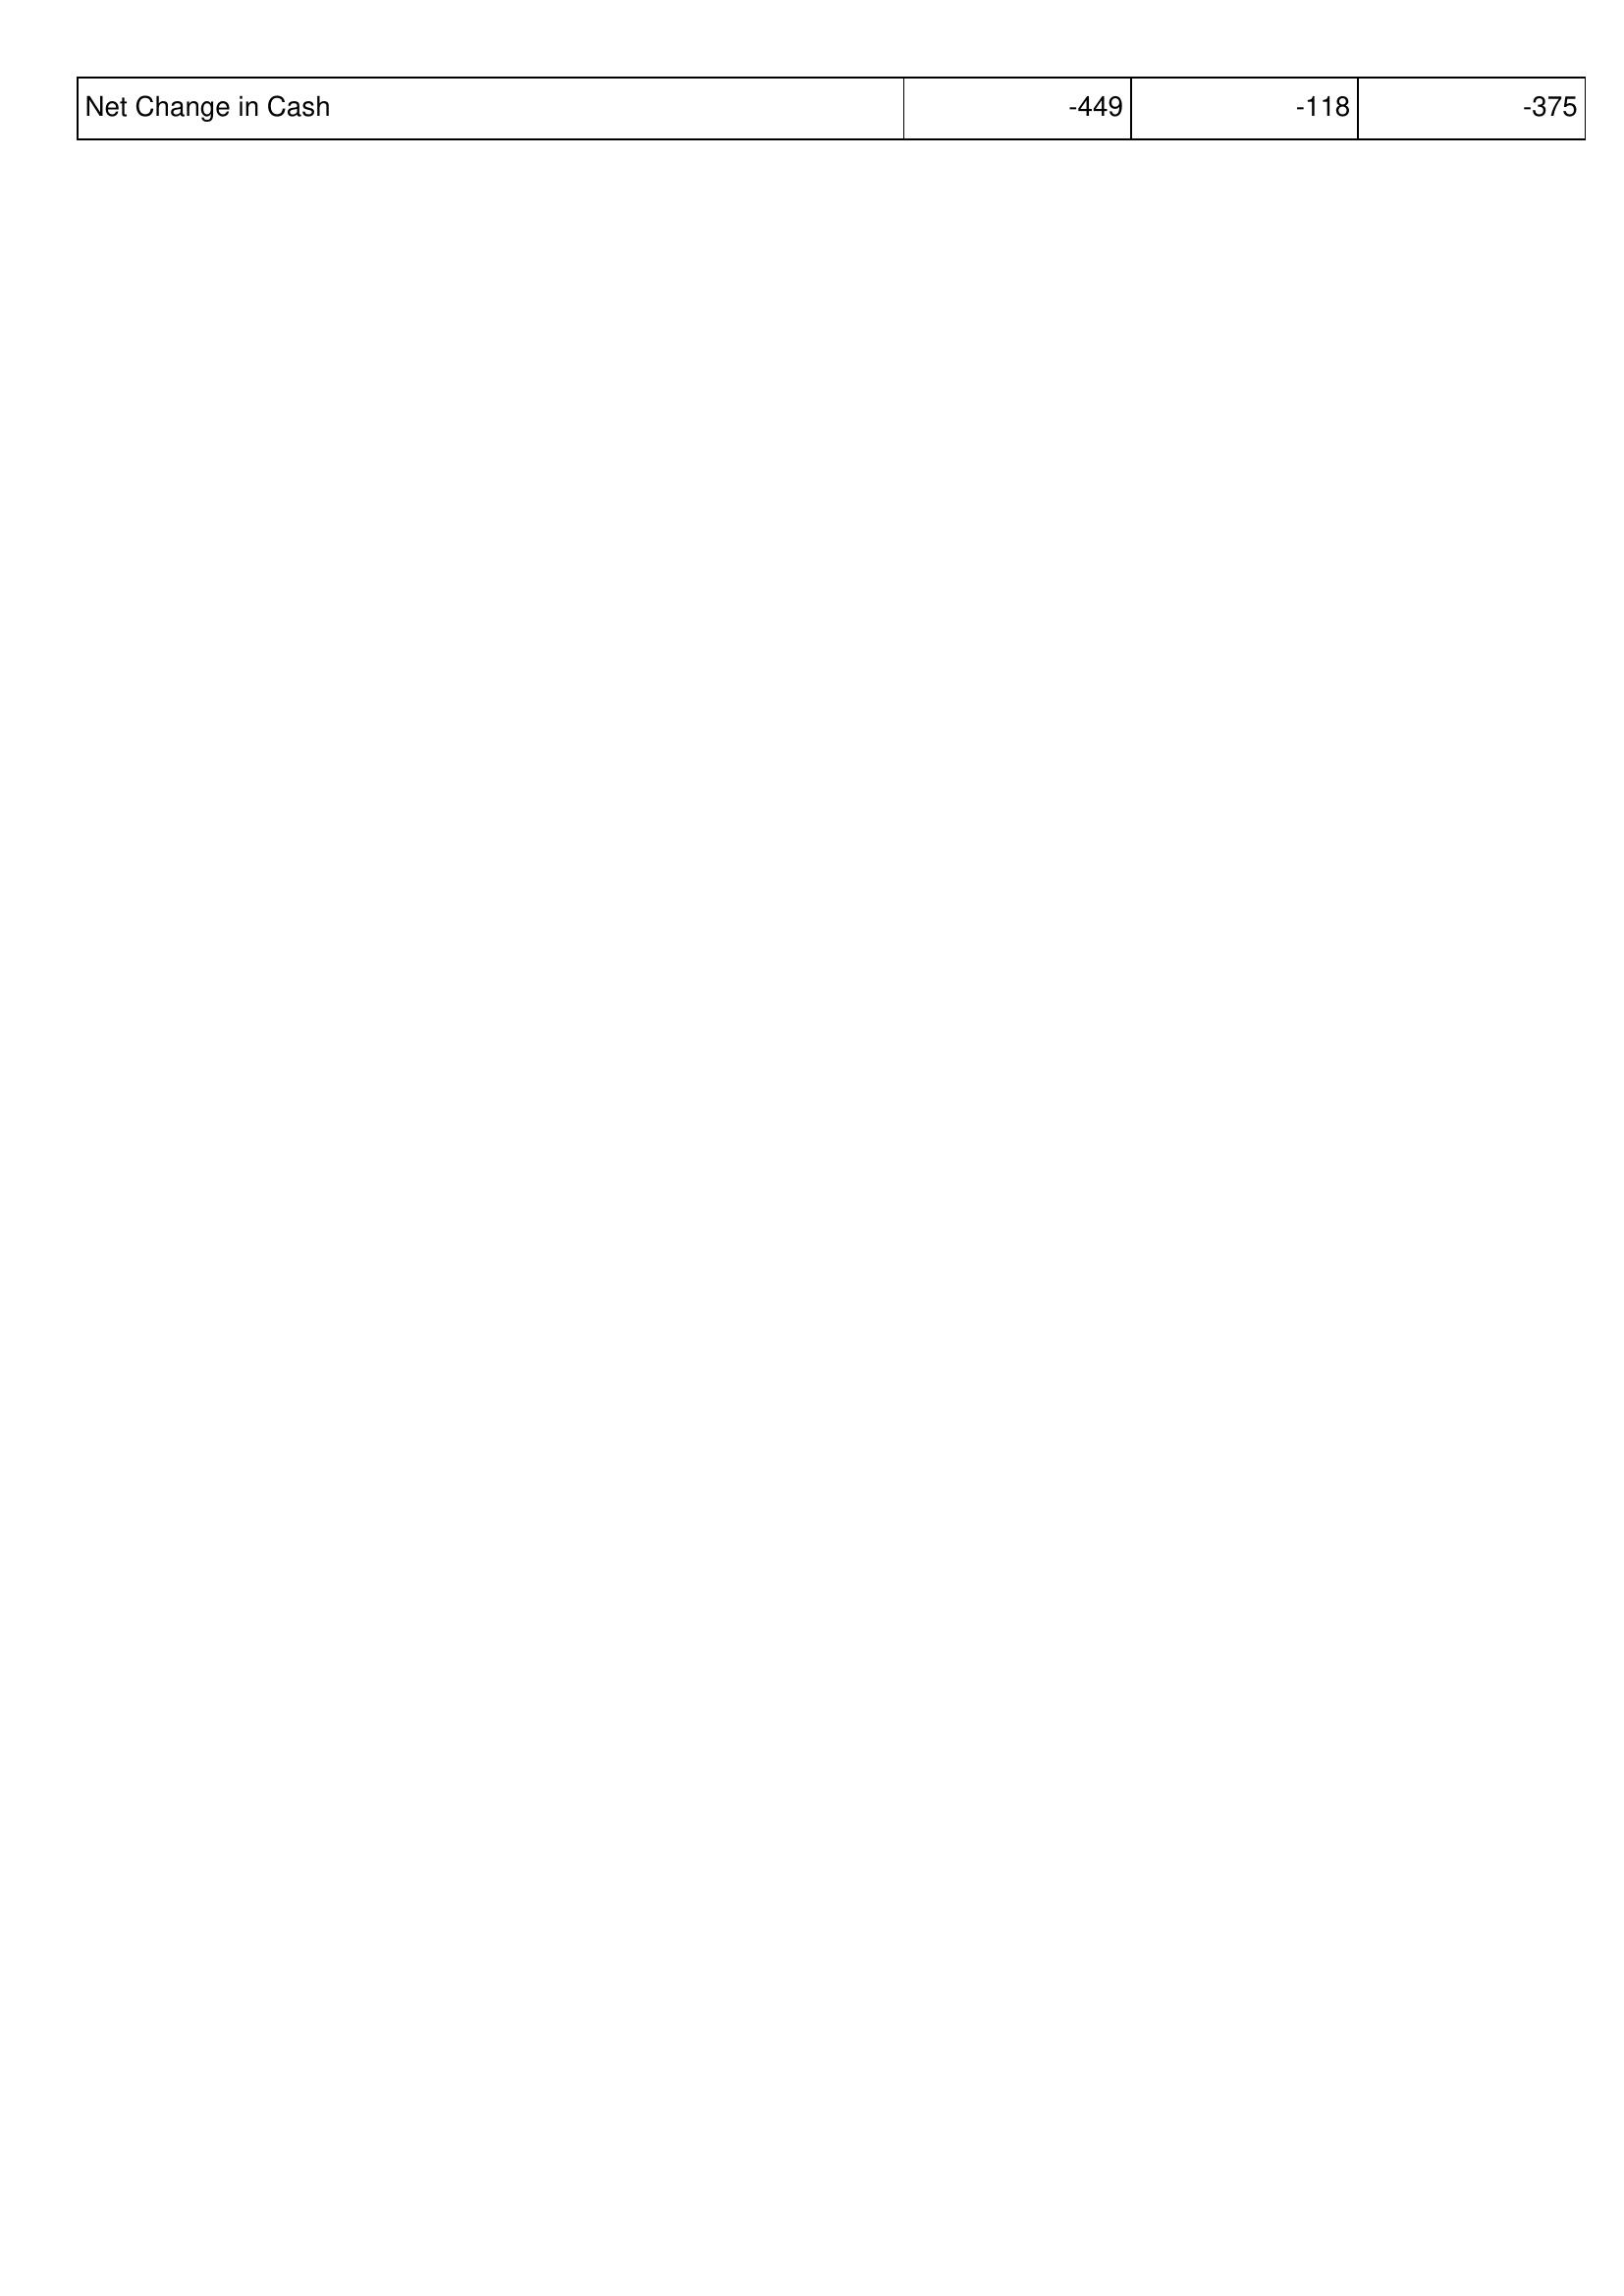
2020: Financing Activities: Net Change in Cash: -449
2019: Financing Activities: Net Change in Cash: -118
2018: Financing Activities: Net Change in Cash: -375